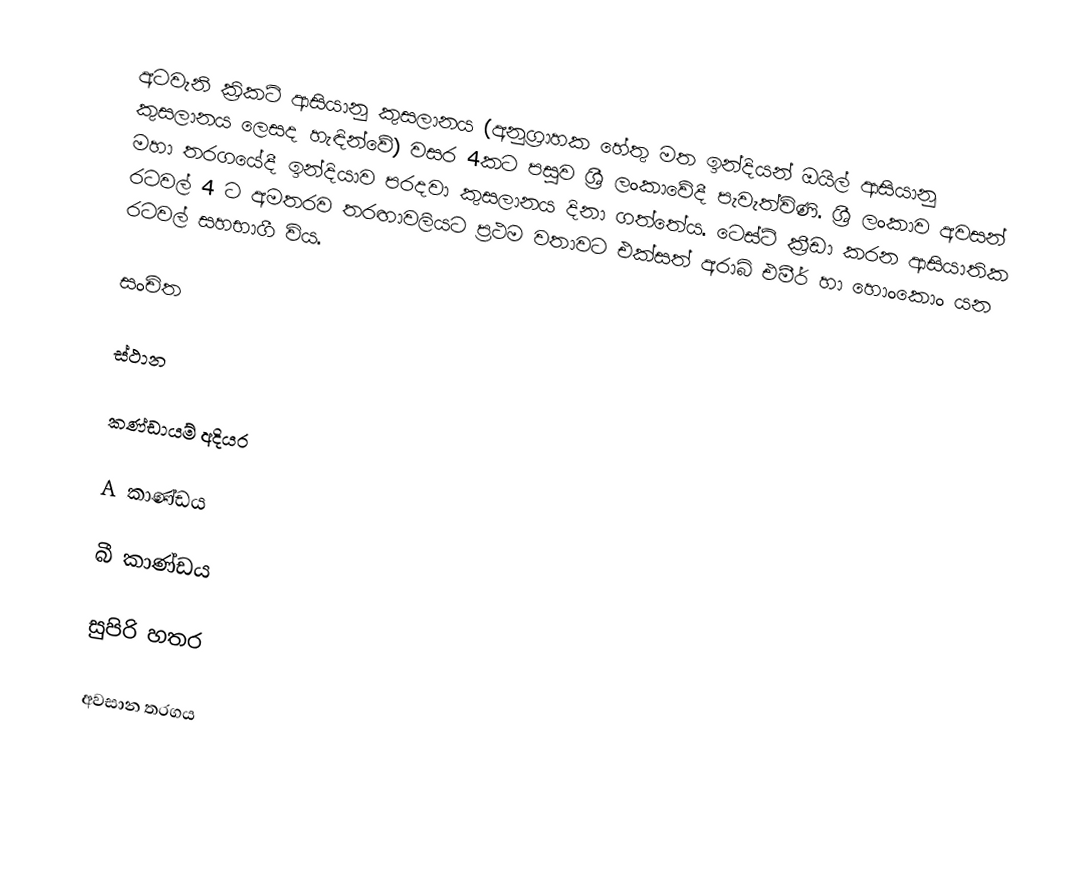
අටවැනි ක්‍රිකට් ආසියානු කුසලානය (අනුග්‍රාහක හේතු මත ඉන්දියන් ඔයිල් ආසියානු කුසලානය ලෙසද හැඳින්වේ) වසර 4කට පසුව ශ්‍රී ලංකාවේදී පැවැත්විණි. ශ්‍රී ලංකාව අවසන් මහා තරගයේදී ඉන්දියාව පරදවා කුසලානය දිනා ගත්තේය. ටෙස්ට් ක්‍රීඩා කරන ආසියාතික රටවල් 4 ට අමතරව තරඟාවලියට ප්‍රථම වතාවට එක්සත් අරාබි එමීර් හා හොංකොං යන රටවල් සහභාගී විය.

සංචිත

ස්ථාන

කණ්ඩායම් අදියර

A කාණ්ඩය

බී කාණ්ඩය

සුපිරි හතර

අවසාන තරගය